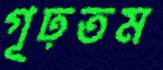
গূঢ়তম